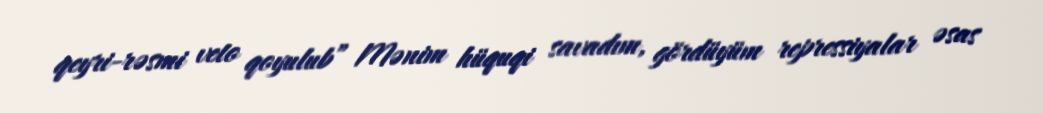
qeyri-rəsmi veto qoyulub” Mənim hüquqi savadım, gördüyüm repressiyalar əsas